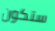
ستكون